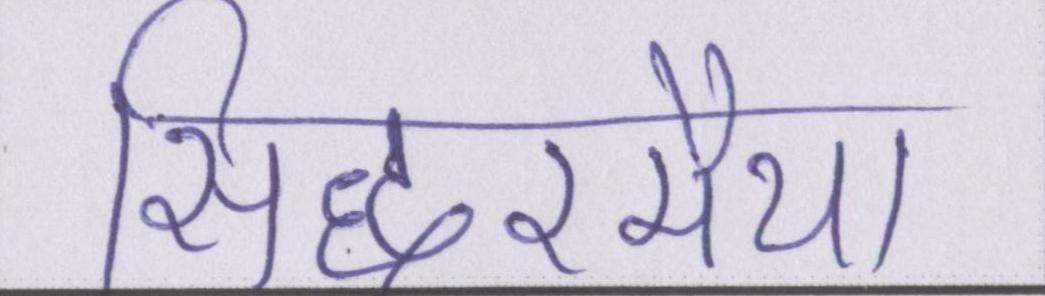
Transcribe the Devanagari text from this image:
सिद्धरमैया